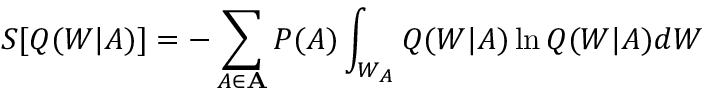
S [ Q ( W | A ) ] = - \sum _ { A \in \mathbf { A } } P ( A ) \int _ { W _ { A } } Q ( W | A ) \ln Q ( W | A ) d W